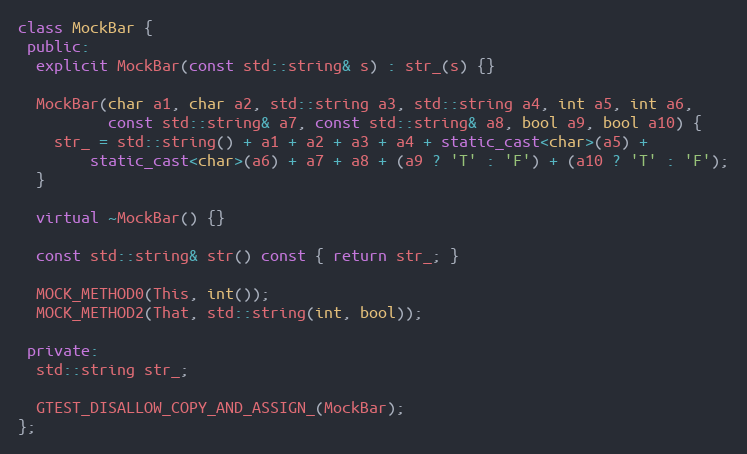
Language: C++
class MockBar {
 public:
  explicit MockBar(const std::string& s) : str_(s) {}

  MockBar(char a1, char a2, std::string a3, std::string a4, int a5, int a6,
          const std::string& a7, const std::string& a8, bool a9, bool a10) {
    str_ = std::string() + a1 + a2 + a3 + a4 + static_cast<char>(a5) +
        static_cast<char>(a6) + a7 + a8 + (a9 ? 'T' : 'F') + (a10 ? 'T' : 'F');
  }

  virtual ~MockBar() {}

  const std::string& str() const { return str_; }

  MOCK_METHOD0(This, int());
  MOCK_METHOD2(That, std::string(int, bool));

 private:
  std::string str_;

  GTEST_DISALLOW_COPY_AND_ASSIGN_(MockBar);
};